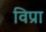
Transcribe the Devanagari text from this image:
विप्रा